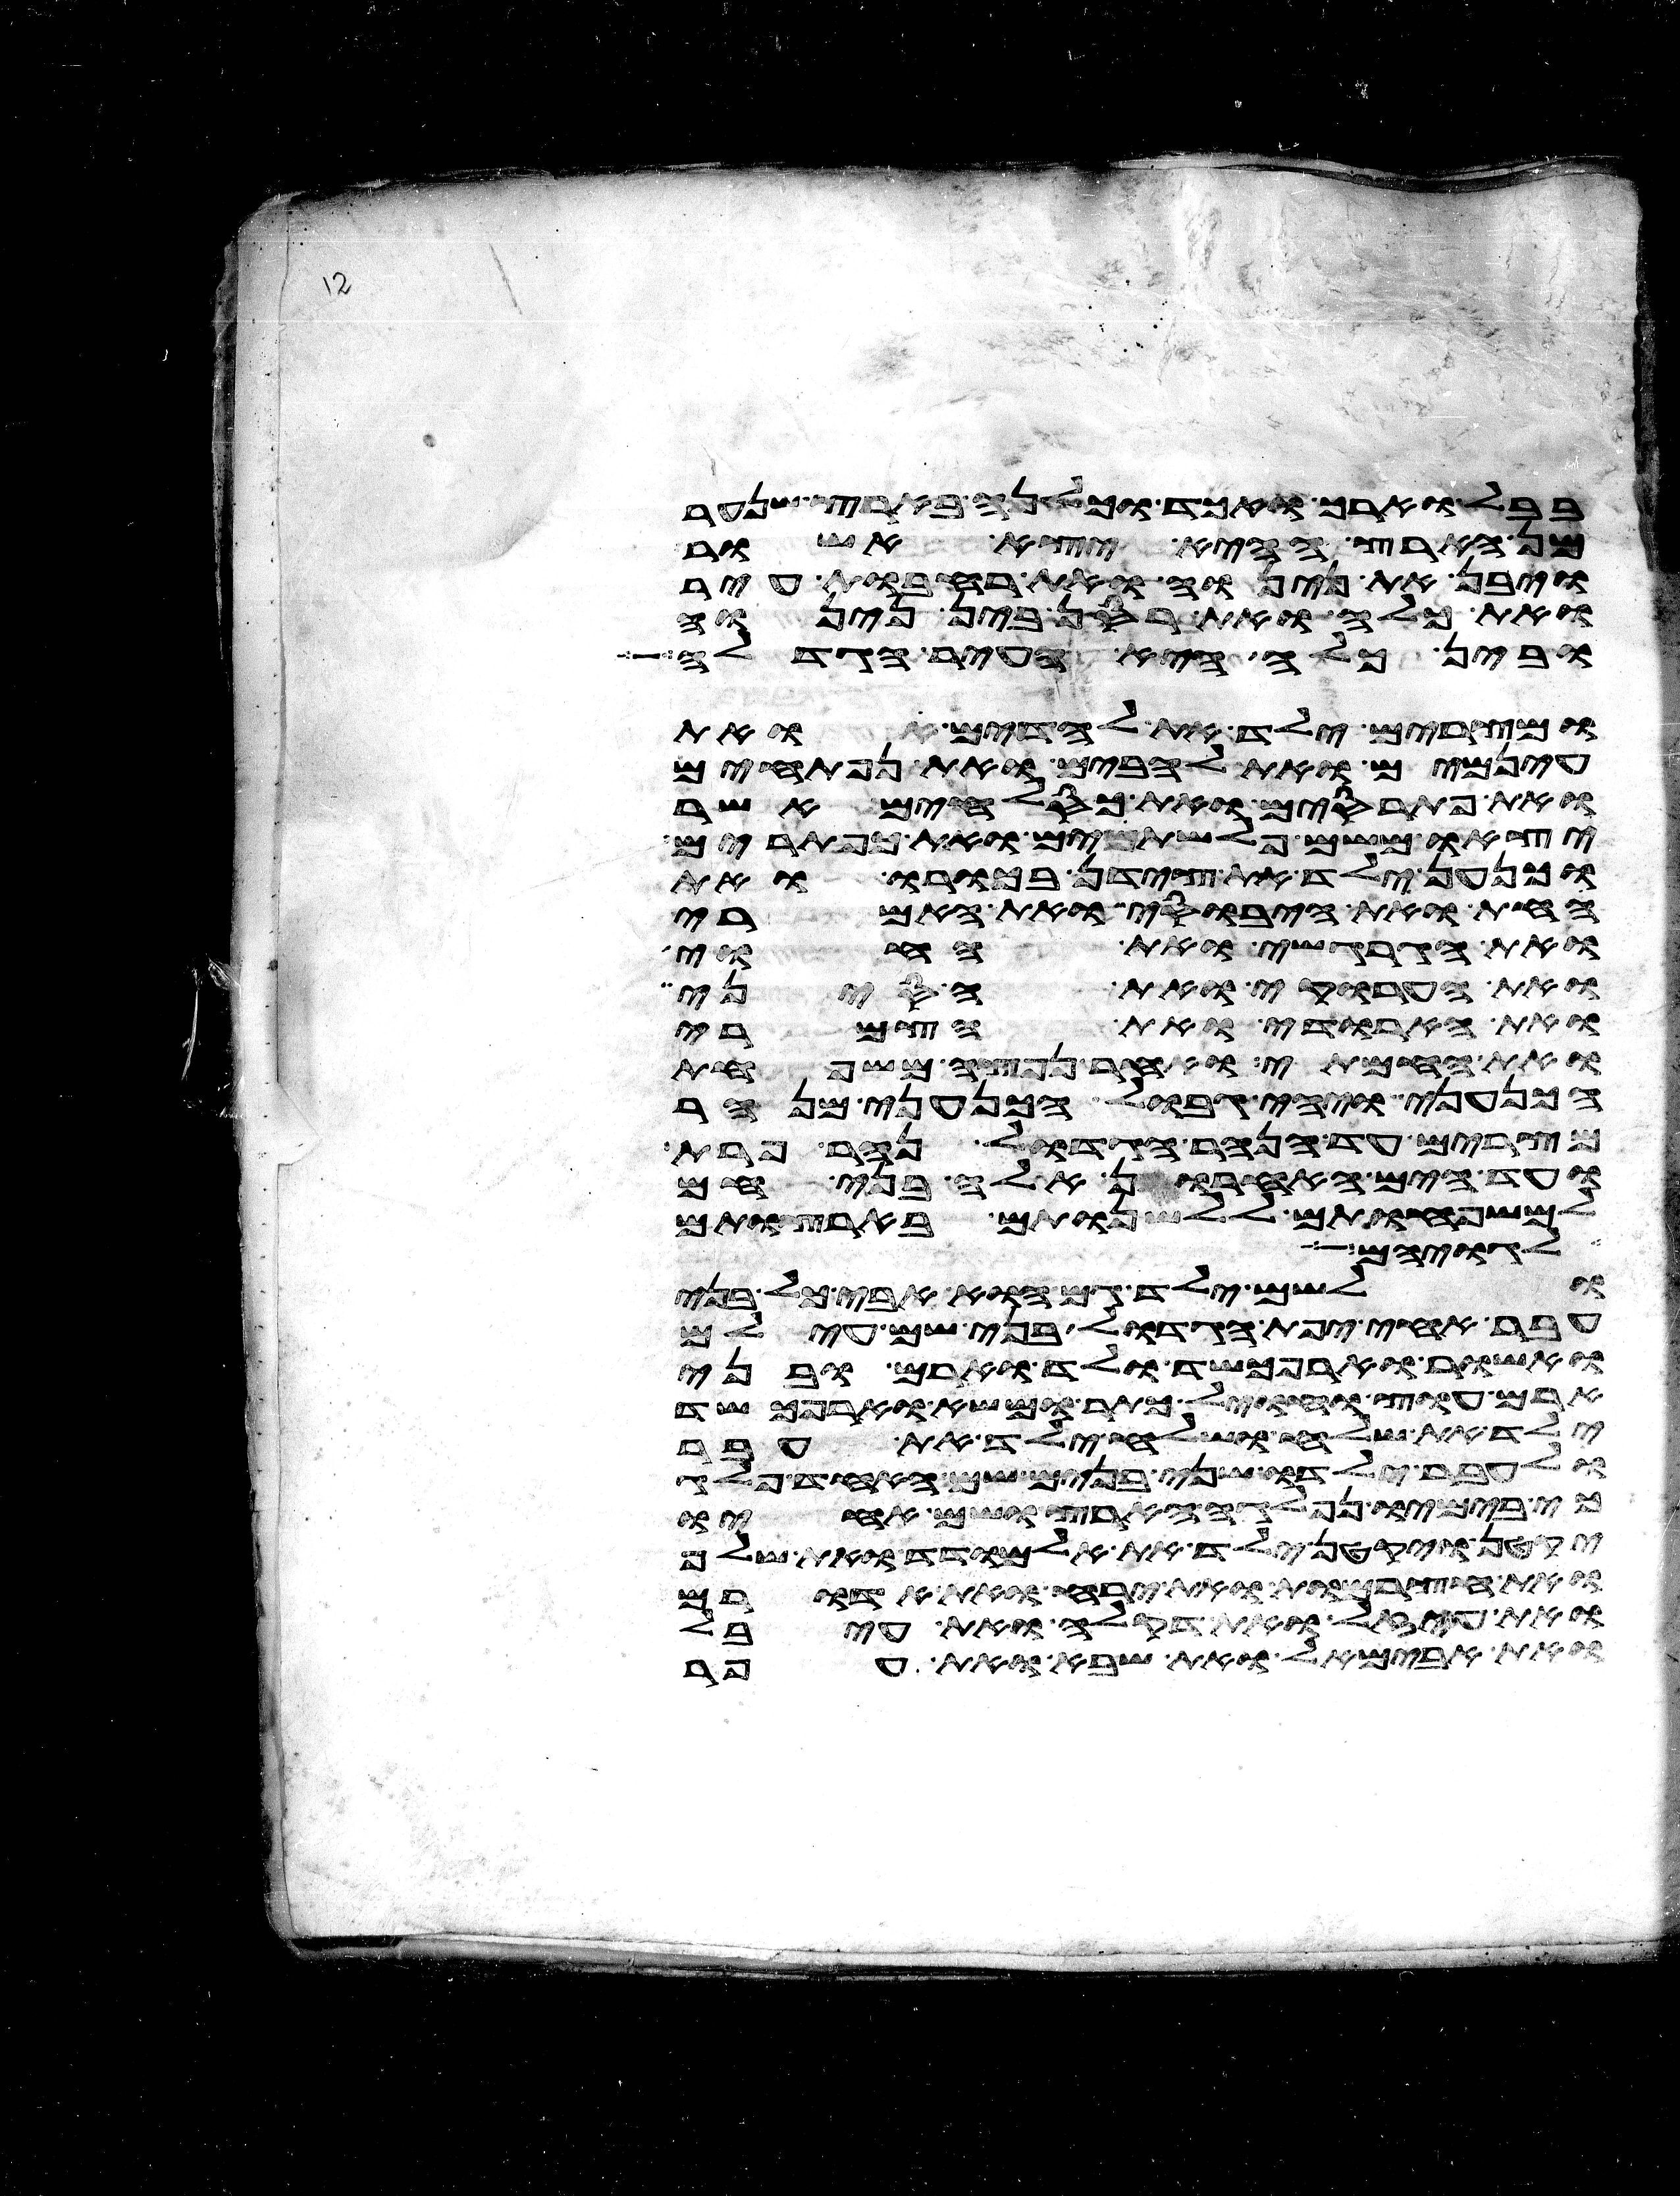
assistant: בבל וארך ואכד וכלנה בארץ שנער
מן הארץ ההיא יצא אשור
ויבן את נינוה ואת רחבות עיר
ואת כלח ואת רסן בין נינוה
ובין כלח היא העיר הגדלה
ומצרים ילד את לדים ואת
עינמים ואת להבים ואת נפתחים
ואת פתרסים ואת כסלחים אשר
יצאו משם פלשתים ואת כפתרים
וכנען ילד את צידון בכורו ואת
החת ואת היבוסי ואת האמרי
ואת הגרגשי ואת החוי
ואת הערוקי ואת הסיני
ואת הארודי ואת הצמרי
ואת החמתי ואחר נפצה משפחת
הכנעני ויהי גבול הכנעני מנהר
מצרים עד הנהר הגדול נהר פרת
ועד הים האחרון אלה בני חם
למשפחותם ללשנותם בארצותם
לגויהם
ולשם ילד גם הוא אבי כל בני
עבר אחי יפת הגדול בני שם עילם
ואשור וארפכשד ולד וארם ובני
ארם עוץ וחויל גתר ומשא וארפכשד
ילד את שלח ושלח ילד את עבר
ולעבר ילדו שני בנים שם האחד פלג
כי בימיו נפלגה הארץ ושם אחיו
יקטן ויקטן ילד את אלמודד ואת שלף
ואת חצרמות ואת ירח ואת אדורם
ואת עיזל ואת דקלה ואת עיבל
ואת אבימאל ואת שבא ואת אפר